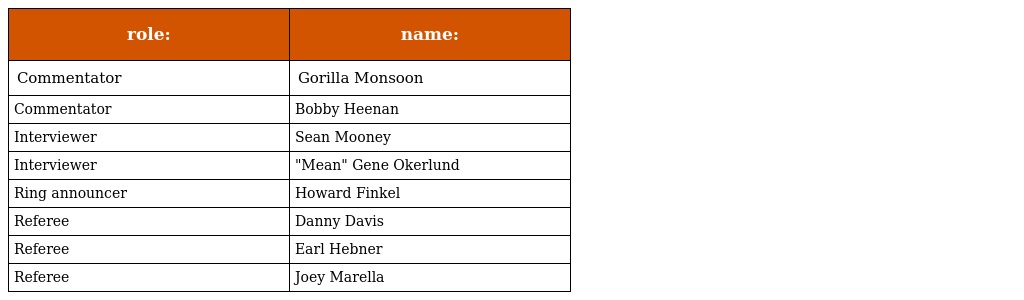
| role: | name: |
 | --- | --- |
 | Commentator | Gorilla Monsoon |
 | Commentator | Bobby Heenan |
 | Interviewer | Sean Mooney |
 | Interviewer | "Mean" Gene Okerlund |
 | Ring announcer | Howard Finkel |
 | Referee | Danny Davis |
 | Referee | Earl Hebner |
 | Referee | Joey Marella |